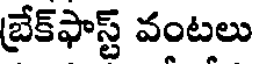
బ్రేక్ఫాస్ట్ వంటలు